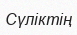
Сүліктің